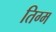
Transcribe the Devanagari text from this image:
तिग्म